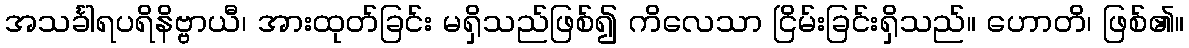
အသင်္ခါရပရိနိဗ္ဗာယီ၊ အားထုတ်ခြင်း မရှိသည်ဖြစ်၍ ကိလေသာ ငြိမ်းခြင်းရှိသည်။ ဟောတိ၊ ဖြစ်၏။